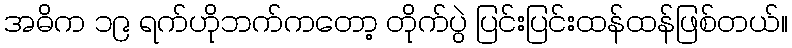
အဓိက ၁၉ ရက်ဟိုဘက်ကတော့ တိုက်ပွဲ ပြင်းပြင်းထန်ထန်ဖြစ်တယ်။